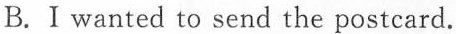
B. I wanted to send the postcard.